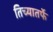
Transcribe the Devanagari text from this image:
तिच्यातर्फे